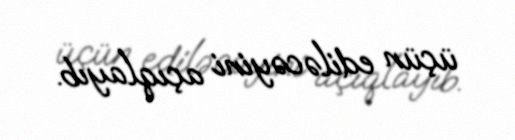
üçün ediləcəyini açıqlayıb.